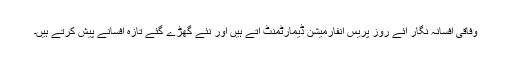
وفاقی افسانہ نگار آئے روز پریس انفارمیشن ڈیمارٹمنٹ آتے ہیں اور نئے گھڑے گئے تازہ افسانے پیش کرتے ہیں۔